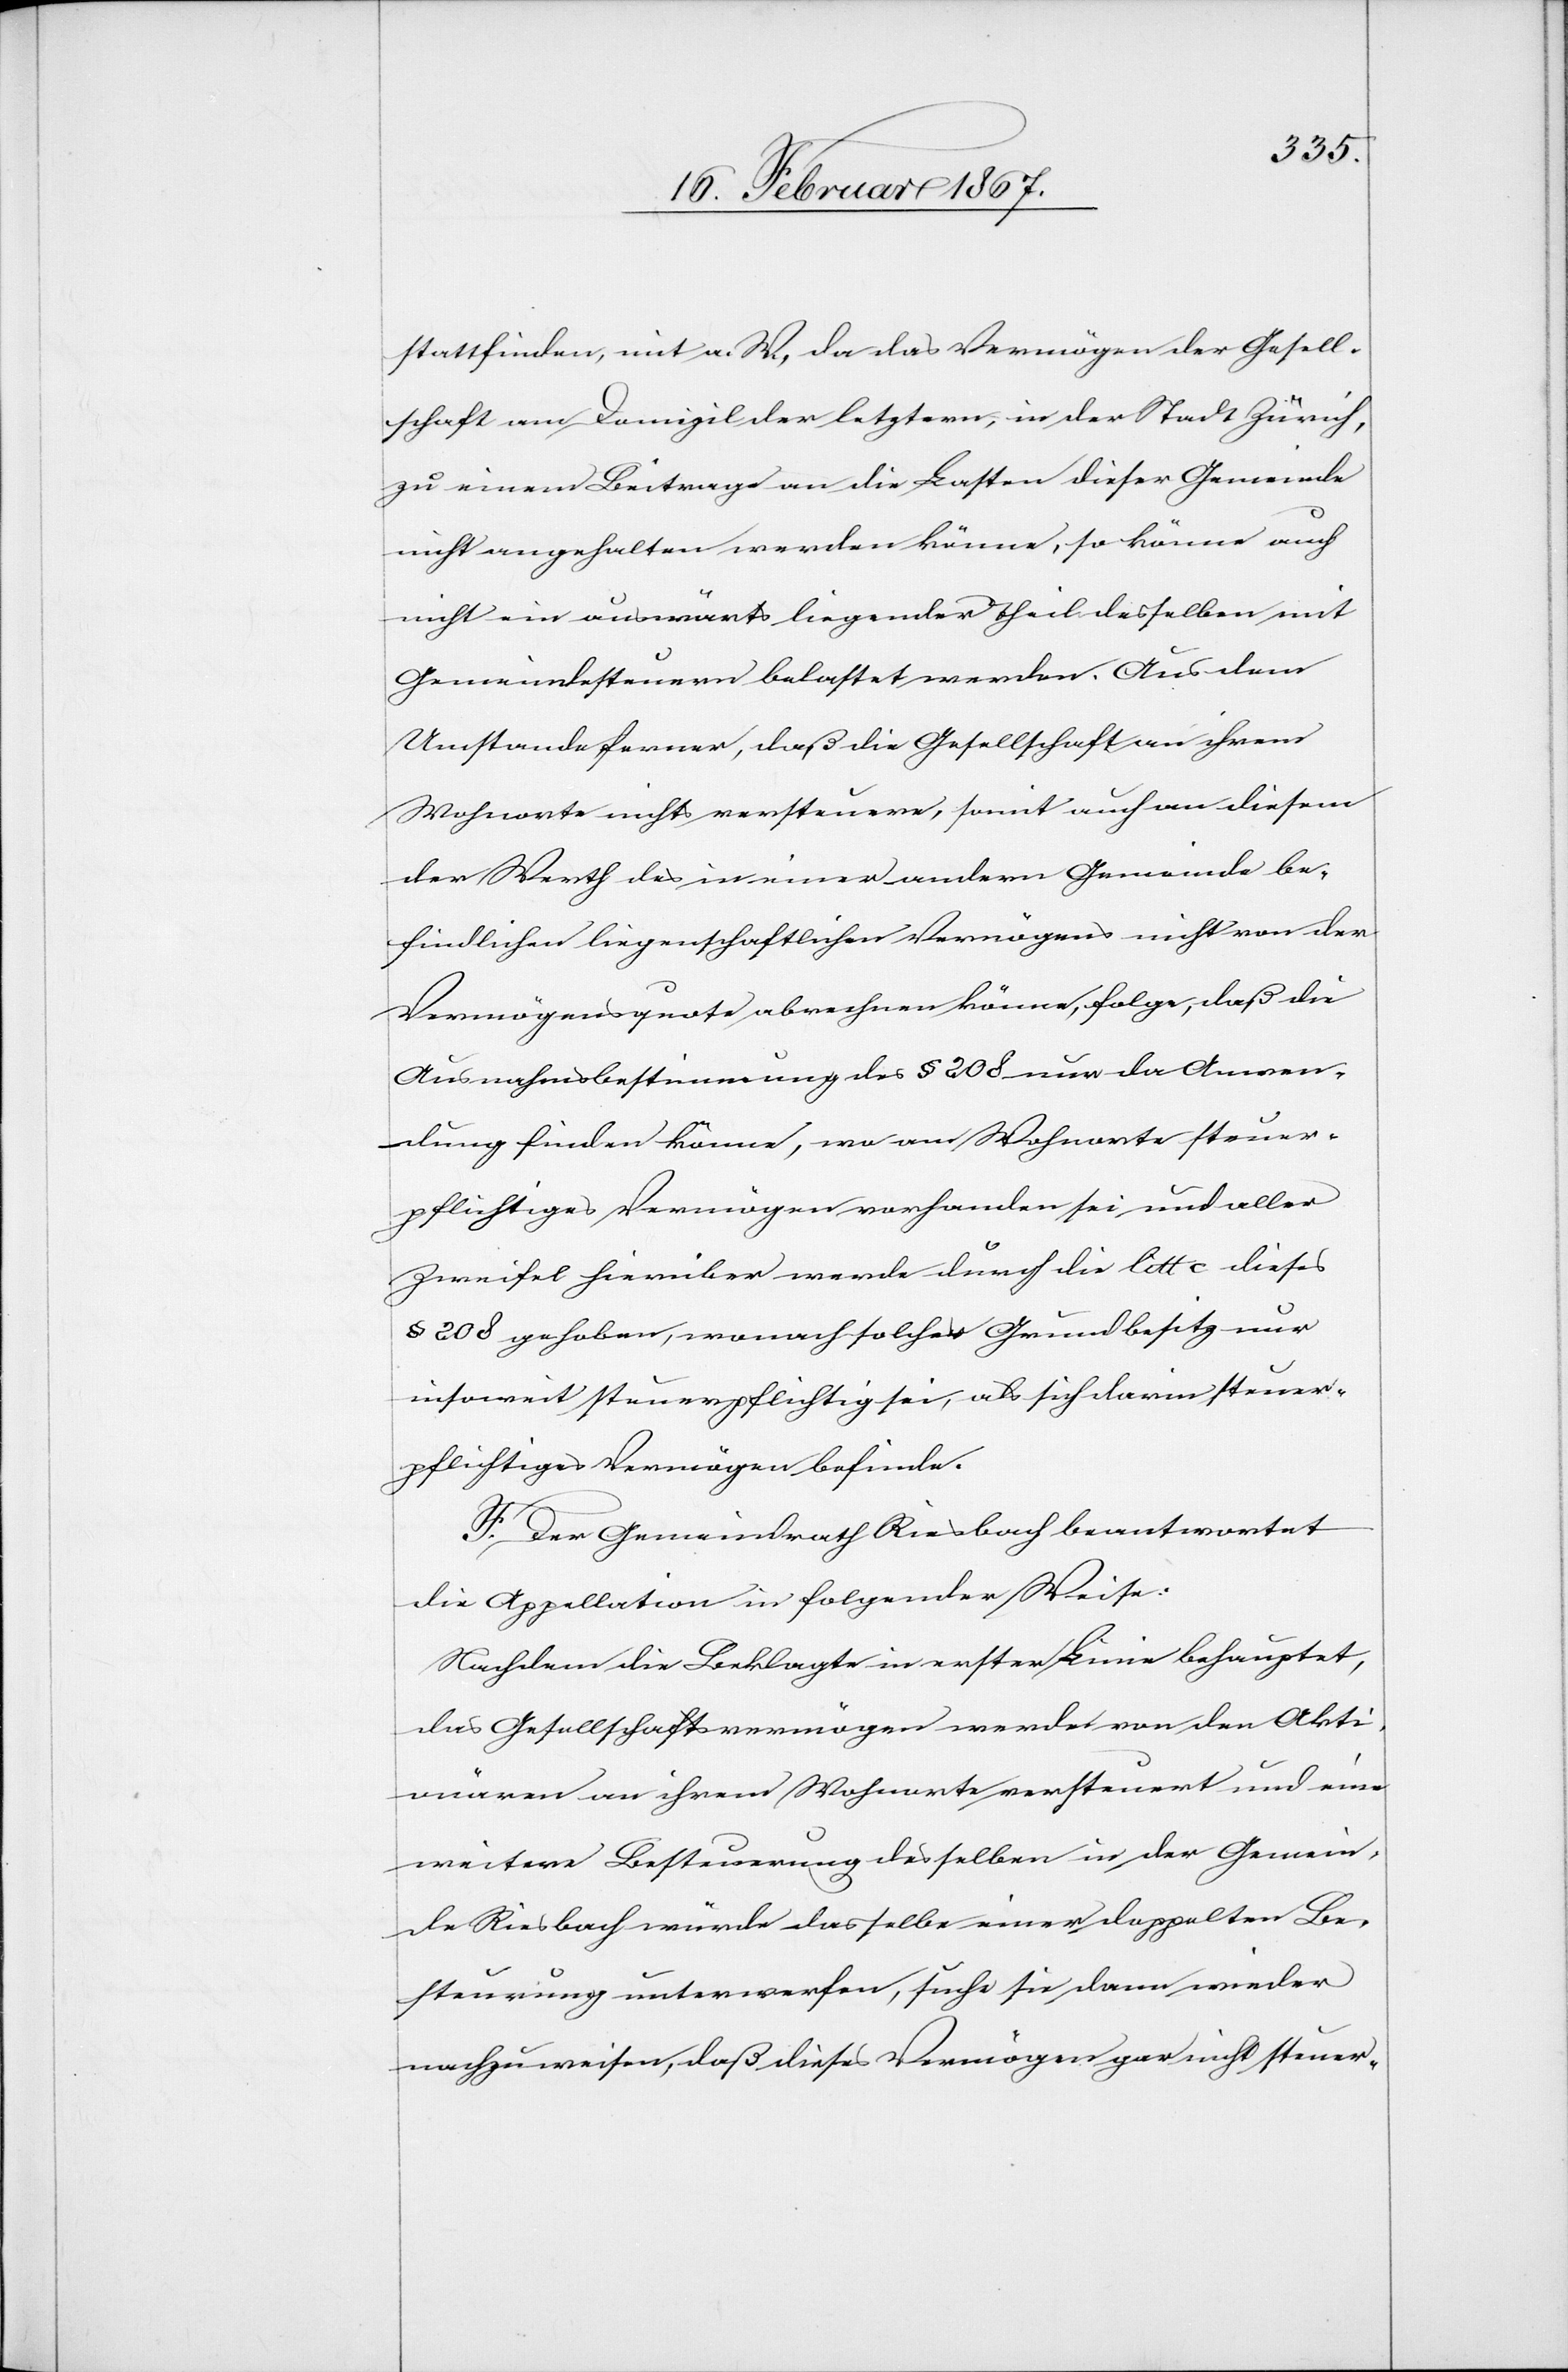
stattfinden [sic!], mit a. W, da das Vermögen der Gesell¬
schaft am Domizil der letztern, in der Stadt Zürich,
zu einem Beitrage an die Lasten dieser Gemeinde
nicht angehalten werden könne, so könne auch
nicht ein auswärts liegender Theil desselben mit
Gemeindesteuern belastet werden. Aus dem
Umstande ferner, daß die Gesellschaft an ihrem
Wohnorte nichts versteuere, somit auch an diesem
der Werth des in einer andern Gemeinde be¬
findlichen liegenschaftlichen Vermögens nicht von der
Vermögensquote abrechnen könne, folge, daß die
Ausnahmsbestimmung des § 208 nur da Anwen¬
dung finden könne, wo am Wohnorte steuer¬
pflichtiges Vermögen vorhanden sei und aller
Zweifel hierüber werde durch die litt c dieses
§ 208 gehoben, wonach solcher Grundbesitz nur
insoweit steuerpflichtig sei, als sich darin steuer¬
pflichtiges Vermögen befinde.
F. Der Gemeindrath Riesbach beantwortet
die Appellation in folgender Weise:
Nachdem die Beklagte in erster Linie behauptet,
das Gesellschaftsvermögen werde von den Akti¬
onären an ihrem Wohnorte versteuert und eine
weitere Besteuerung desselben in der Gemein¬
de Riesbach würde dasselbe einer doppelten Be¬
steuerung unterwerfen, suche sie dann wieder
nachzuweisen, daß dieses Vermögen gar nicht steuer-